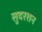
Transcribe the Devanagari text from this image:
सुदरशन